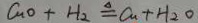
C u O + H _ { 2 } \Delta q C u + H _ { 2 } O